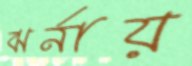
ঝর্নায়